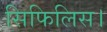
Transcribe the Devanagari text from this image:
सिफिलिस।